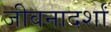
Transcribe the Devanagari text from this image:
जीवनादर्शां